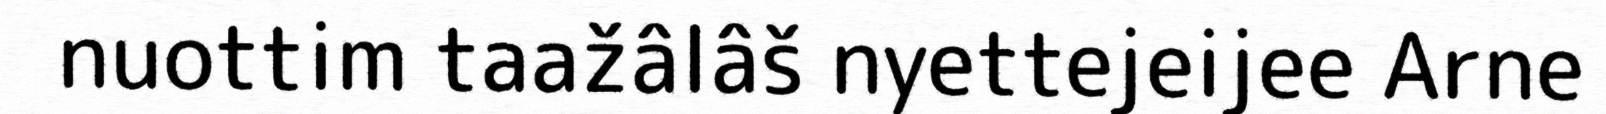
nuottim taažâlâš nyettejeijee Arne